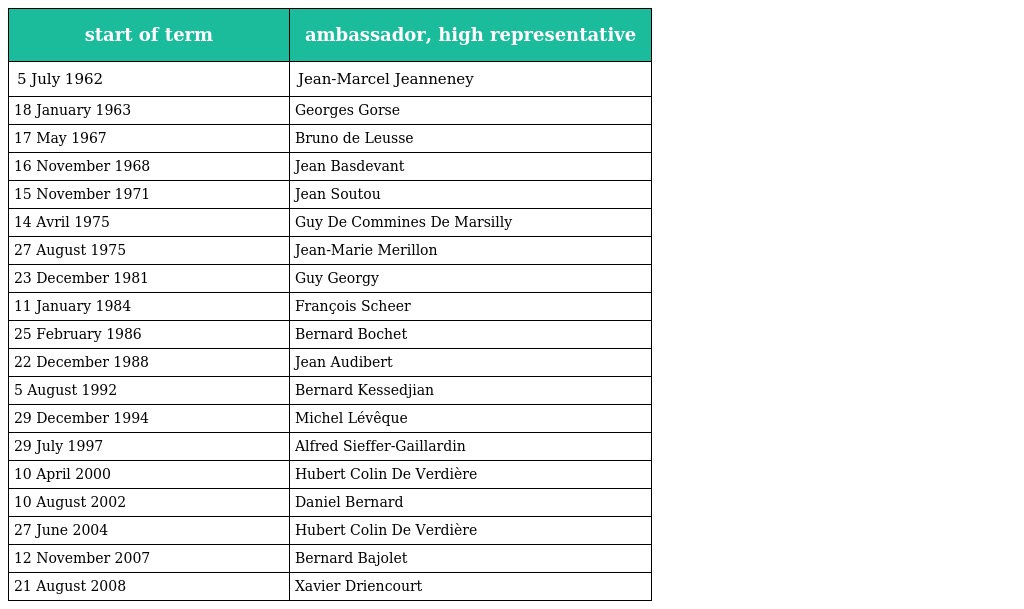
| start of term | ambassador, high representative |
 | --- | --- |
 | 5 July 1962 | Jean-Marcel Jeanneney |
 | 18 January 1963 | Georges Gorse |
 | 17 May 1967 | Bruno de Leusse |
 | 16 November 1968 | Jean Basdevant |
 | 15 November 1971 | Jean Soutou |
 | 14 Avril 1975 | Guy De Commines De Marsilly |
 | 27 August 1975 | Jean-Marie Merillon |
 | 23 December 1981 | Guy Georgy |
 | 11 January 1984 | François Scheer |
 | 25 February 1986 | Bernard Bochet |
 | 22 December 1988 | Jean Audibert |
 | 5 August 1992 | Bernard Kessedjian |
 | 29 December 1994 | Michel Lévêque |
 | 29 July 1997 | Alfred Sieffer-Gaillardin |
 | 10 April 2000 | Hubert Colin De Verdière |
 | 10 August 2002 | Daniel Bernard |
 | 27 June 2004 | Hubert Colin De Verdière |
 | 12 November 2007 | Bernard Bajolet |
 | 21 August 2008 | Xavier Driencourt |